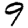
Digit: 9